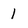
Character: 1